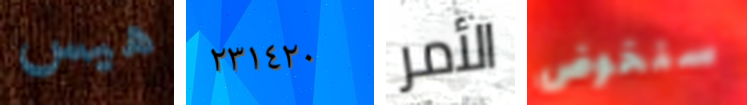
هيس ٢٣١٤٢٠ الأمر سنخوض